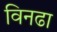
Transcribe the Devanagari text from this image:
विनढा